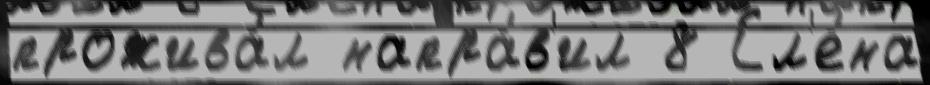
прожива́л напра́в'ил 8 Ел'е́на